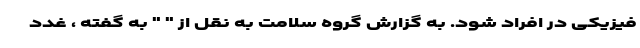
فیزیکی در افراد شود. به گزارش گروه سلامت به نقل از " " به گفته ، غدد